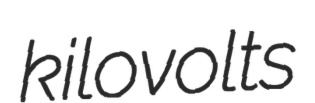
kilovolts